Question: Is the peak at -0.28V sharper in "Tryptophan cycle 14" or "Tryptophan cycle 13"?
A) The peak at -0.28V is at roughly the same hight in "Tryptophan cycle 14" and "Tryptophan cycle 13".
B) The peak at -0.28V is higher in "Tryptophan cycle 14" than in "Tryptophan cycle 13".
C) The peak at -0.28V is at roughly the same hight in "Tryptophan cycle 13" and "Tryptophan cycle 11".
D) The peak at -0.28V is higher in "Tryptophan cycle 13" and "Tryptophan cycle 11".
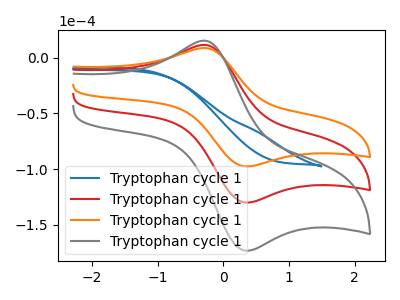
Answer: <think>The blue curve "Tryptophan cycle 11" has no peaks. The red curve "Tryptophan cycle 12" has an anodic peak at (-0.30V, 11.35uA) and a cathodic peak at (0.35V, -130.05uA). The orange curve "Tryptophan cycle 13" has an anodic peak at (-0.30V, 8.50uA) and a cathodic peak at (0.35V, -97.60uA). The gray curve "Tryptophan cycle 14" has an anodic peak at (-0.30V, 22.70uA) and a cathodic peak at (0.35V, -260.05uA).</think>
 <answer>B) The peak at -0.28V is higher in "Tryptophan cycle 14" than in "Tryptophan cycle 13".</answer>
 <eval>B</eval>